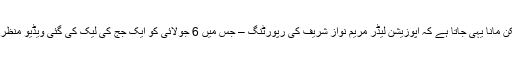
ان چینلز کی بندش پر کوئی ٹھوس وجہ نہیں دی گئی لیکن مانا یہی جاتا ہے کہ اپوزیشن لیڈر مریم نواز شریف کی رپورٹنگ – جس میں 6 جولائی کو ایک جج کی لیک کی گئی ویڈیو منظر عام پر آنے کے نتیجے میں نشریات بند کی گئیں تھیں۔